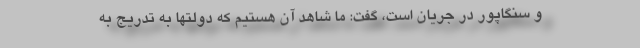
و سنگاپور در جریان است، گفت: ما شاهد آن هستیم که دولتها به تدریج به